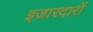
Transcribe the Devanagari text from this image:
इजारदारों